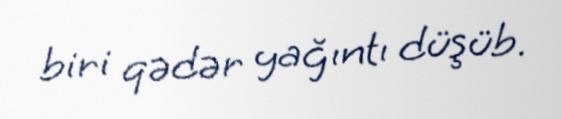
biri qədər yağıntı düşüb.